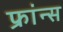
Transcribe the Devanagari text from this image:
फ्रांन्स